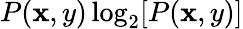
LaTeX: P(\mathbf{x},y)\log_{2}[P(\mathbf{x},y)]